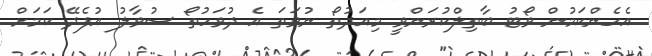
އެހެންކަމުން ވޯޓު ބާތިލްކުރަންވީ މިއަދުތޯ ނުވަތަ އެ ދުވަހުތޯ ސުވާލު އުފެދޭ ކަމަށް